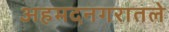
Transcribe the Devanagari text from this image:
अहमदनगरातले